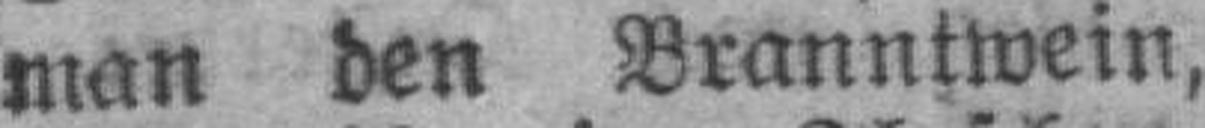
man den Branntwein,